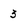
Character: 3